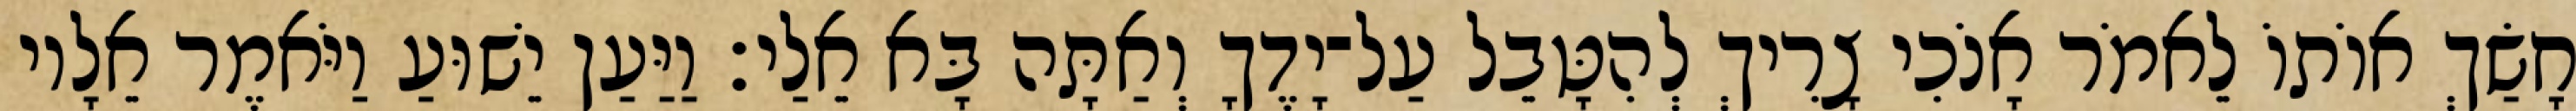
חָשַׂךְ אוֹתוֹ לֵאמֹר אָנֹכִי צָרִיךְ לְהִטָּבֵל עַל־יָדֶךָ וְאַתָּה בָּא אֵלַי׃ וַיַּעַן יֵשׁוּעַ וַיֹּאמֶר אֵלָיו